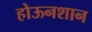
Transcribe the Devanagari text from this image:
होऊनशान